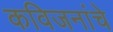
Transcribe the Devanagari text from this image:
कविजनांचे